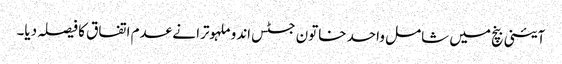
آئینی بنچ میں شامل واحد خاتون جسٹس اندو ملہوترا نے عدم اتفاق کا فیصلہ دیا۔